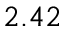
2 . 4 2